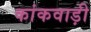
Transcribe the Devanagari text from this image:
कांकवाड़ी